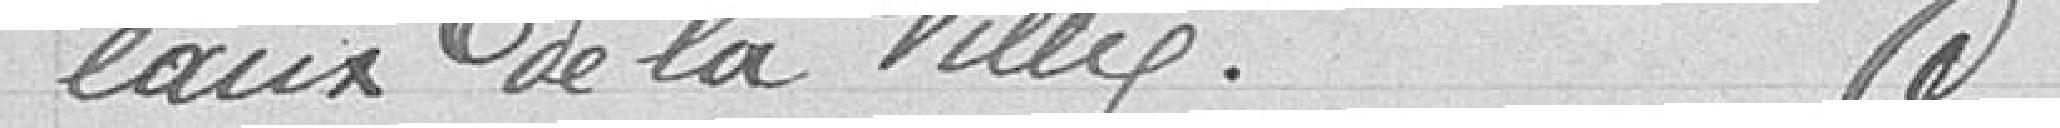
eaux de la ville.